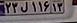
۲۳ل۱۱۶۱۳